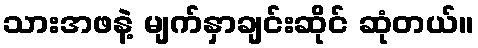
သားအဖနဲ့ မျက်နှာချင်းဆိုင် ဆုံတယ်။